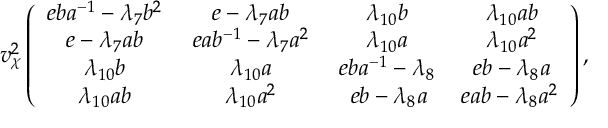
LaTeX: v _ { \chi } ^ { 2 } \left( \begin{array} { c c c c } { { e b a ^ { - 1 } - \lambda _ { 7 } b ^ { 2 } \, } } & { { \, e - \lambda _ { 7 } a b \, } } & { { \, \lambda _ { 1 0 } b \, } } & { { \, \lambda _ { 1 0 } a b } } \\ { { e - \lambda _ { 7 } a b \, } } & { { \, e a b ^ { - 1 } - \lambda _ { 7 } a ^ { 2 } \, } } & { { \, \lambda _ { 1 0 } a \, } } & { { \, \lambda _ { 1 0 } a ^ { 2 } } } \\ { { \lambda _ { 1 0 } b \, } } & { { \, \lambda _ { 1 0 } a \, } } & { { \, e b a ^ { - 1 } - \lambda _ { 8 } \, } } & { { \, e b - \lambda _ { 8 } a } } \\ { { \lambda _ { 1 0 } a b \, } } & { { \, \lambda _ { 1 0 } a ^ { 2 } \, } } & { { \, e b - \lambda _ { 8 } a } } & { { e a b - \lambda _ { 8 } a ^ { 2 } } } \end{array} \right) ,